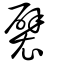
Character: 襞